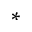
^ *